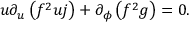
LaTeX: u \partial _ { u } \left( f ^ { 2 } u j \right) + \partial _ { \phi } \left( f ^ { 2 } g \right) = 0 .